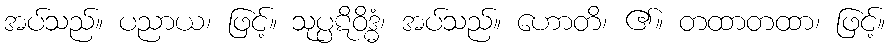
အပ်သည်။ ပညာယ၊ ဖြင့်။ သုပ္ပဋိဝိဒ္ဓံ၊ အပ်သည်။ ဟောတိ၊ ၏။ တထာတထာ၊ ဖြင့်။